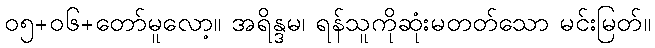
၀၅+၀၆+တော်မူလော့။ အရိန္ဒမ၊ ရန်သူကိုဆုံးမတတ်သော မင်းမြတ်။